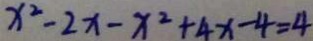
x ^ { 2 } - 2 x - x ^ { 2 } + 4 x - 4 = 4